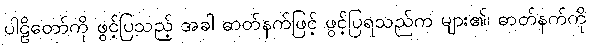
ပါဠိတော်ကို ဖွင့်ပြသည့် အခါ ဓာတ်နက်ဖြင့် ဖွင့်ပြရသည်က များ၏၊ ဓာတ်နက်ကို